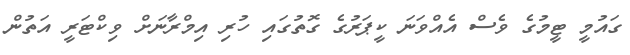
ގައުމީ ޓީމުގެ ވެސް އެއްވަނަ ކީޕަރުގެ ގޮތުގައި ހުރި އިމްރާނަށް ވިކްޓަރީ އަތުން